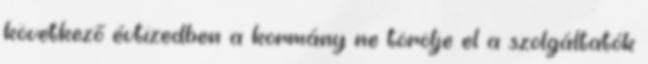
következő évtizedben a kormány ne törölje el a szolgáltatók